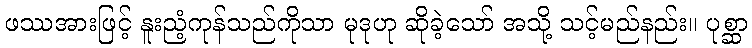
ဖဿအားဖြင့် နူးညံ့ကုန်သည်ကိုသာ မုဒုဟု ဆိုခဲ့သော် အသို့ သင့်မည်နည်း။ ပုစ္ဆာ